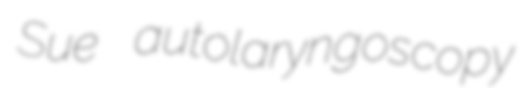
Sue autolaryngoscopy